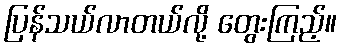
ပြန်သယ်လာတယ်လို့ တွေးကြည့်။